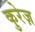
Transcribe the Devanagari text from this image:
कुरेज़